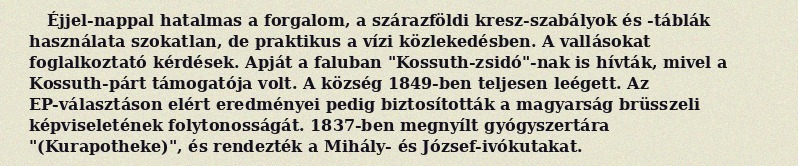
Éjjel-nappal hatalmas a forgalom, a szárazföldi kresz-szabályok és -táblák használata szokatlan, de praktikus a vízi közlekedésben. A vallásokat foglalkoztató kérdések. Apját a faluban "Kossuth-zsidó"-nak is hívták, mivel a Kossuth-párt támogatója volt. A község 1849-ben teljesen leégett. Az EP-választáson elért eredményei pedig biztosították a magyarság brüsszeli képviseletének folytonosságát. 1837-ben megnyílt gyógyszertára "(Kurapotheke)", és rendezték a Mihály- és József-ivókutakat.